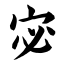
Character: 宓